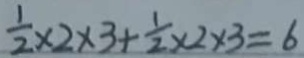
\frac { 1 } { 2 } \times 2 \times 3 + \frac { 1 } { 2 } \times 2 \times 3 = 6